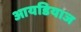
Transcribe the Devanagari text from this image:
आयडियाज